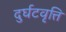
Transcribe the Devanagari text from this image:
दुर्घटवृत्ति